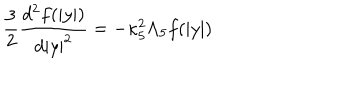
{ \frac { 3 } { 2 } } { \frac { d ^ { 2 } f ( | y | ) } { d | y | ^ { 2 } } } = - \kappa _ { 5 } ^ { 2 } \Lambda _ { 5 } f ( | y | )